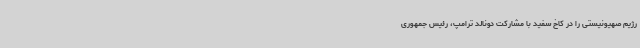
رژیم صهیونیستی را در کاخ سفید با مشارکت دونالد ترامپ، رئیس جمهوری